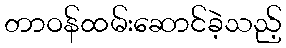
တာဝန်ထမ်းဆောင်ခဲ့သည့်